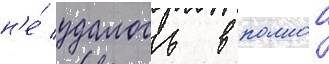
н'е́ удалось в полнои